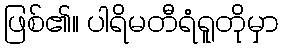
ဖြစ်၏။ ပါရိမတီရံရူတိုမှာ